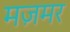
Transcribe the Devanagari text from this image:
मज़मर